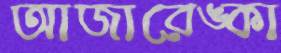
আজারেঙ্কা